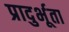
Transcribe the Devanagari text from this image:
प्रादुर्भूता